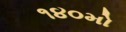
૧૪૦મો